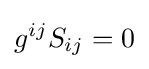
g^{ij}S_{ij}=0